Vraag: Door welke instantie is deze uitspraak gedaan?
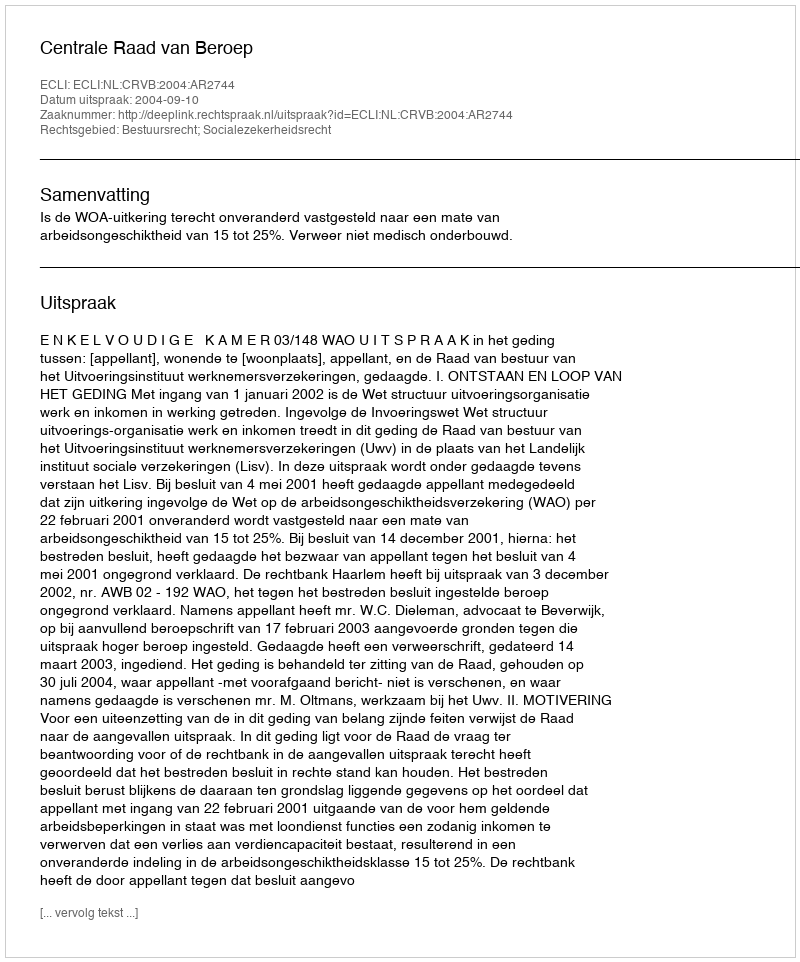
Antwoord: Centrale Raad van Beroep